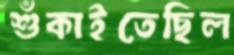
শুঁকাইতেছিল